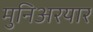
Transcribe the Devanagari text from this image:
मुनिअरयार